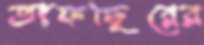
তাফছিরের